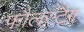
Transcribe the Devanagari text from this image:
फौलस्टैग